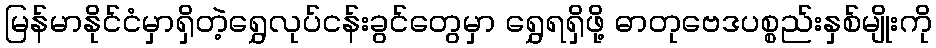
မြန်မာနိုင်ငံမှာရှိတဲ့ရွှေလုပ်ငန်းခွင်တွေမှာ ရွှေရရှိဖို့ ဓာတုဗေဒပစ္စည်းနှစ်မျိုးကို